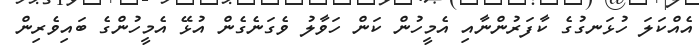
އެއްކަލަ ހުޅަނގުގެ ކާފަރުންނާއި އެމީހުން ކަން ހަވާލު ވެގަނެގެން އުޅޭ އެމީހުންގެ ބައިވެރިން